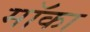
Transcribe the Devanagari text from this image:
मॉका